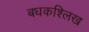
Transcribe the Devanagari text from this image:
बधकश्लिख